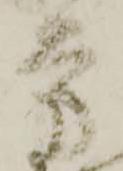
方